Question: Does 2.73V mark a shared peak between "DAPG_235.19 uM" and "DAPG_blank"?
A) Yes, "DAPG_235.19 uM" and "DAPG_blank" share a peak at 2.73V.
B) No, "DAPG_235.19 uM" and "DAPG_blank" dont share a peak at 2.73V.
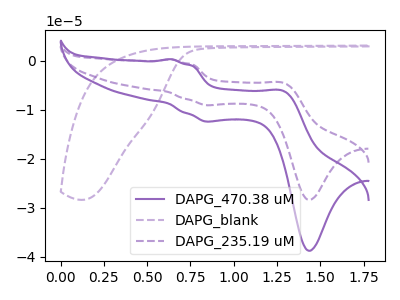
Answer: <think>The purple curve "DAPG_470.38 uM" has anodic peaks at (0.65V, 0.25uA) (1.30V, -6.35uA) and cathodic peaks at (0.85V, -12.45uA) (1.45V, -38.80uA). The purple dashed curve "DAPG_blank" has no peaks. The purple dashed curve "DAPG_235.19 uM" has anodic peaks at (0.65V, 0.20uA) (1.30V, -4.65uA) and cathodic peaks at (0.85V, -9.10uA) (1.45V, -28.40uA).</think>
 <answer>B) No, "DAPG_235.19 uM" and "DAPG_blank" dont share a peak at 2.73V.</answer>
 <eval>B</eval>